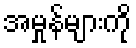
အမှုန်များကို